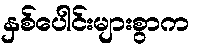
နှစ်ပေါင်းများစွာက